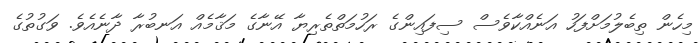
މިހެން ތިބެލުމަށްފަހު އަނެއްކާވެސް ސިފައިންގެ ރަހުމަތްތެރިޔާ އޭނާގެ މަޤާމެއް އަނބުރާ ދާނެއެވެ. ވަގުތުގެ